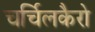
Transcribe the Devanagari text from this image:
चर्चिलकैरो